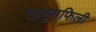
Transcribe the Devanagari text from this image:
तानुमफिली